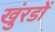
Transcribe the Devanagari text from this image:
खुंरडों